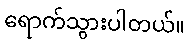
ရောက်သွားပါတယ်။